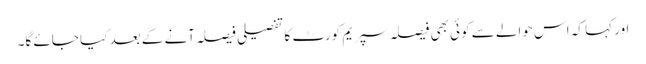
اور کہا کہ اس حوالے سے کوئی بھی فیصلہ سپریم کورٹ کا تفصیلی فیصلہ آنے کے بعد کیا جائے گا۔